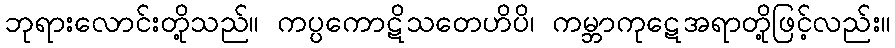
ဘုရားလောင်းတို့သည်။ ကပ္ပကောဋိသတေဟိပိ၊ ကမ္ဘာကုဋေအရာတို့ဖြင့်လည်း။